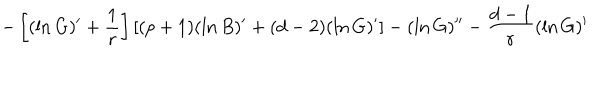
- \left[ ( \ln G ) ^ { \prime } + { \frac { 1 } { r } } \right] \left[ ( p + 1 ) ( \ln B ) ^ { \prime } + ( d - 2 ) ( \ln G ) ^ { \prime } \right] - ( \ln G ) ^ { \prime \prime } - { \frac { d - 1 } { r } } ( \ln G ) ^ { \prime }